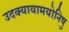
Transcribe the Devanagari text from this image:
उदक्यायामयोनिषु